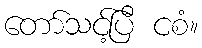
တော်သင့်ပြီ ငစံ။